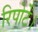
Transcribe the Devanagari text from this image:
रिपोर्टें।